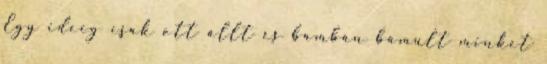
Egy ideig csak ott állt és bambán bámult minket